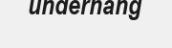
underhang